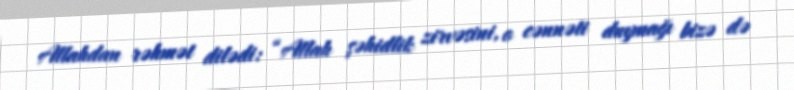
Allahdan rəhmət dilədi: “Allah şəhidlik zirvəsini, o cənnəti duymağı bizə də